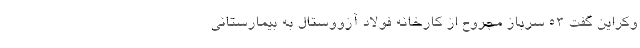
وکراین گفت ۵۳ سرباز مجروح از کارخانه فولاد آزووستال به بیمارستانی